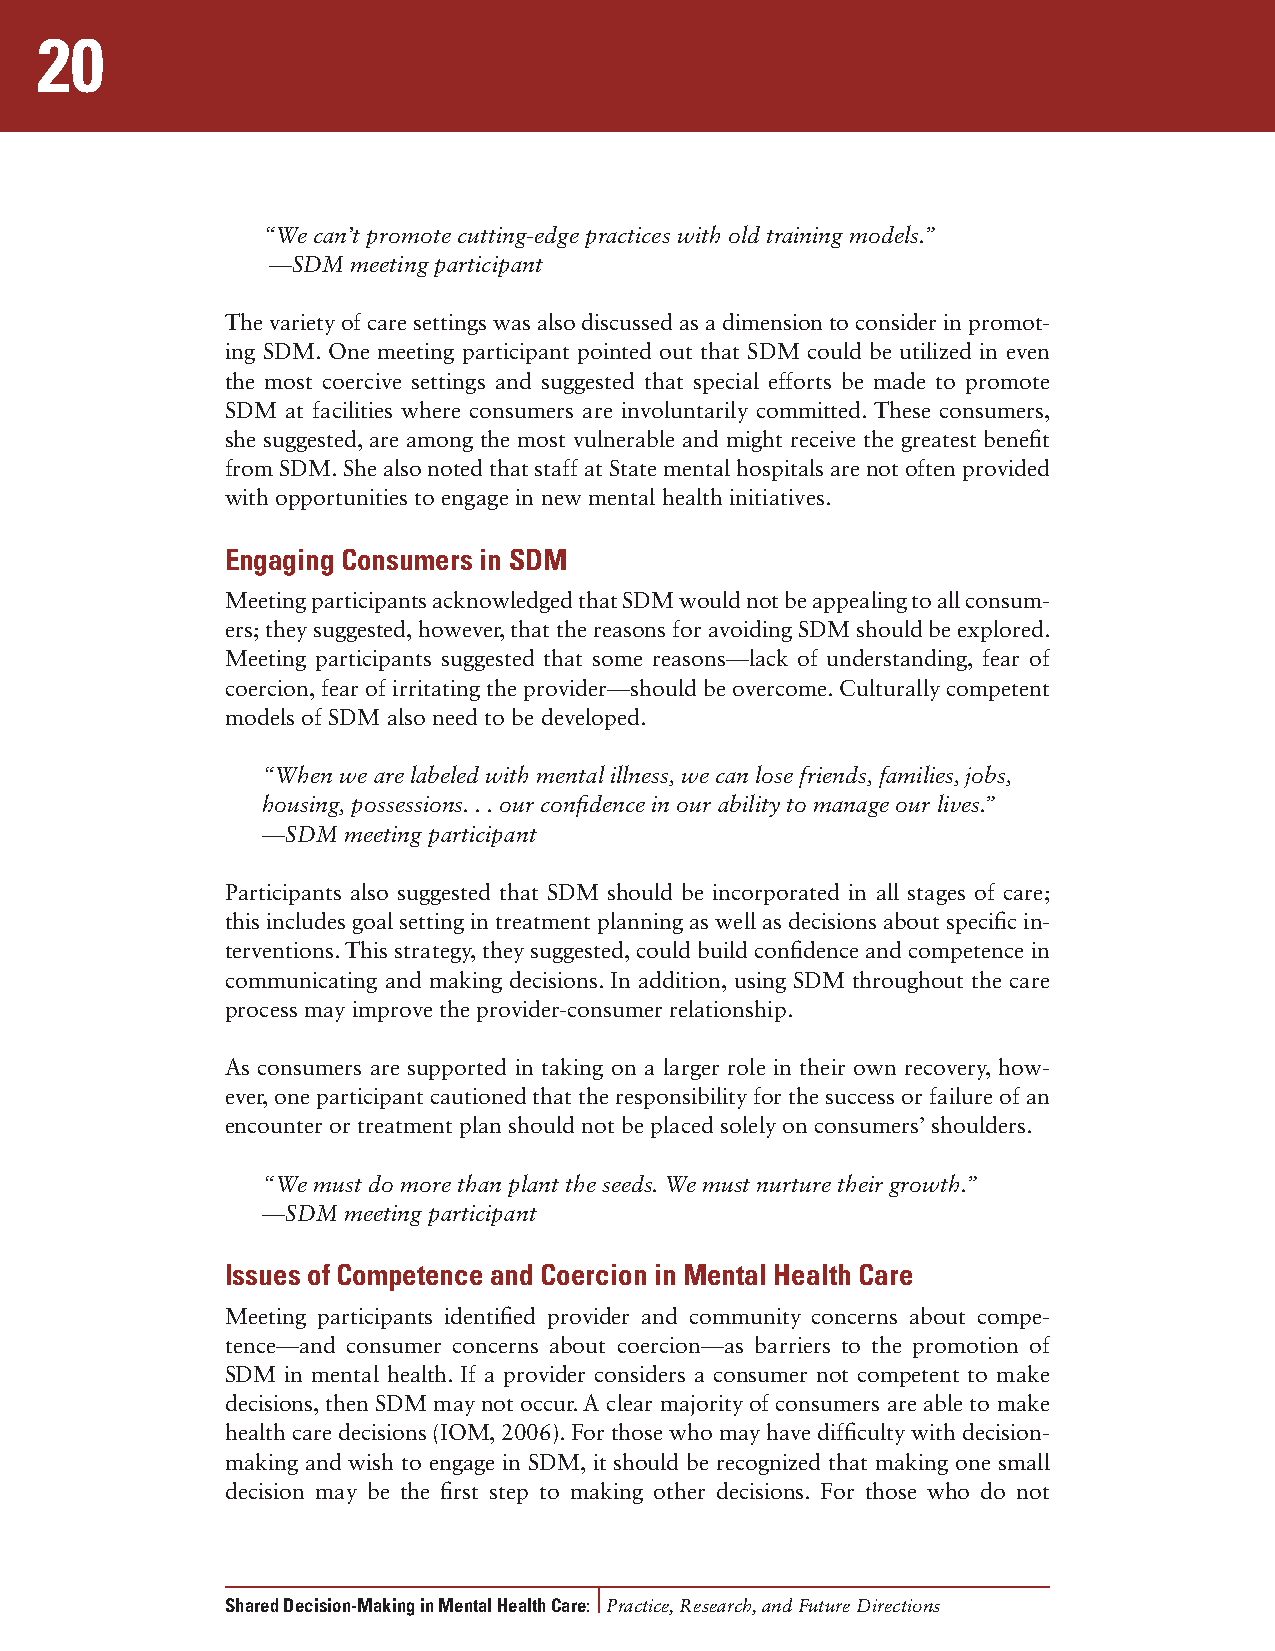
20
 “We can’t promote cutting-edge practices with old training models.”
 —SDM meeting participant
 The variety of care settings was also discussed as a dimension to consider in promot-
 ing SDM. One meeting participant pointed out that SDM could be utilized in even
 the most coercive settings and suggested that special efforts be made to promote
 SDM at facilities where consumers are involuntarily committed. These consumers,
 she suggested, are among the most vulnerable and might receive the greatest benefit
 from SDM. She also noted that staff at State mental hospitals are not often provided
 with opportunities to engage in new mental health initiatives.
 Engaging Consumers in SDM
 Meeting participants acknowledged that SDM would not be appealing to all consum-
 ers; they suggested, however, that the reasons for avoiding SDM should be explored.
 Meeting participants suggested that some reasons—lack of understanding, fear of
 coercion, fear of irritating the provider—should be overcome. Culturally competent
 models of SDM also need to be developed.
 “When we are labeled with mental illness, we can lose friends, families, jobs,
 housing, possessions. . . our confidence in our ability to manage our lives.”
 —SDM  meeting participant
 Participants also suggested that SDM should be incorporated in all stages of care;
 this includes goal setting in treatment planning as well as decisions about specific in-
 terventions. This strategy, they suggested, could build confidence and competence in
 communicating and making decisions. In addition, using SDM throughout the care
 process may improve the provider-consumer relationship.
 As consumers are supported in taking on a larger role in their own recovery, how-
 ever, one participant cautioned that the responsibility for the success or failure of an
 encounter or treatment plan should not be placed solely on consumers’ shoulders.
 “We must do more than plant the seeds. We must nurture their growth.”
 —SDM  meeting participant
 Issues of Competence and Coercion in Mental Health Care
 Meeting participants identified provider and community concerns about compe-
 tence—and consumer concerns about coercion—as barriers to the promotion of
 SDM in mental health. If a provider considers a consumer not competent to make
 decisions, then SDM may not occur. A clear majority of consumers are able to make
 health care decisions (IOM, 2006). For those who may have difficulty with decision-
 making and wish to engage in SDM, it should be recognized that making one small
 decision may be the first step to making other decisions. For those who do not
 Shared Decision-Making in Mental Health Care: Practice, Research, and Future Directions